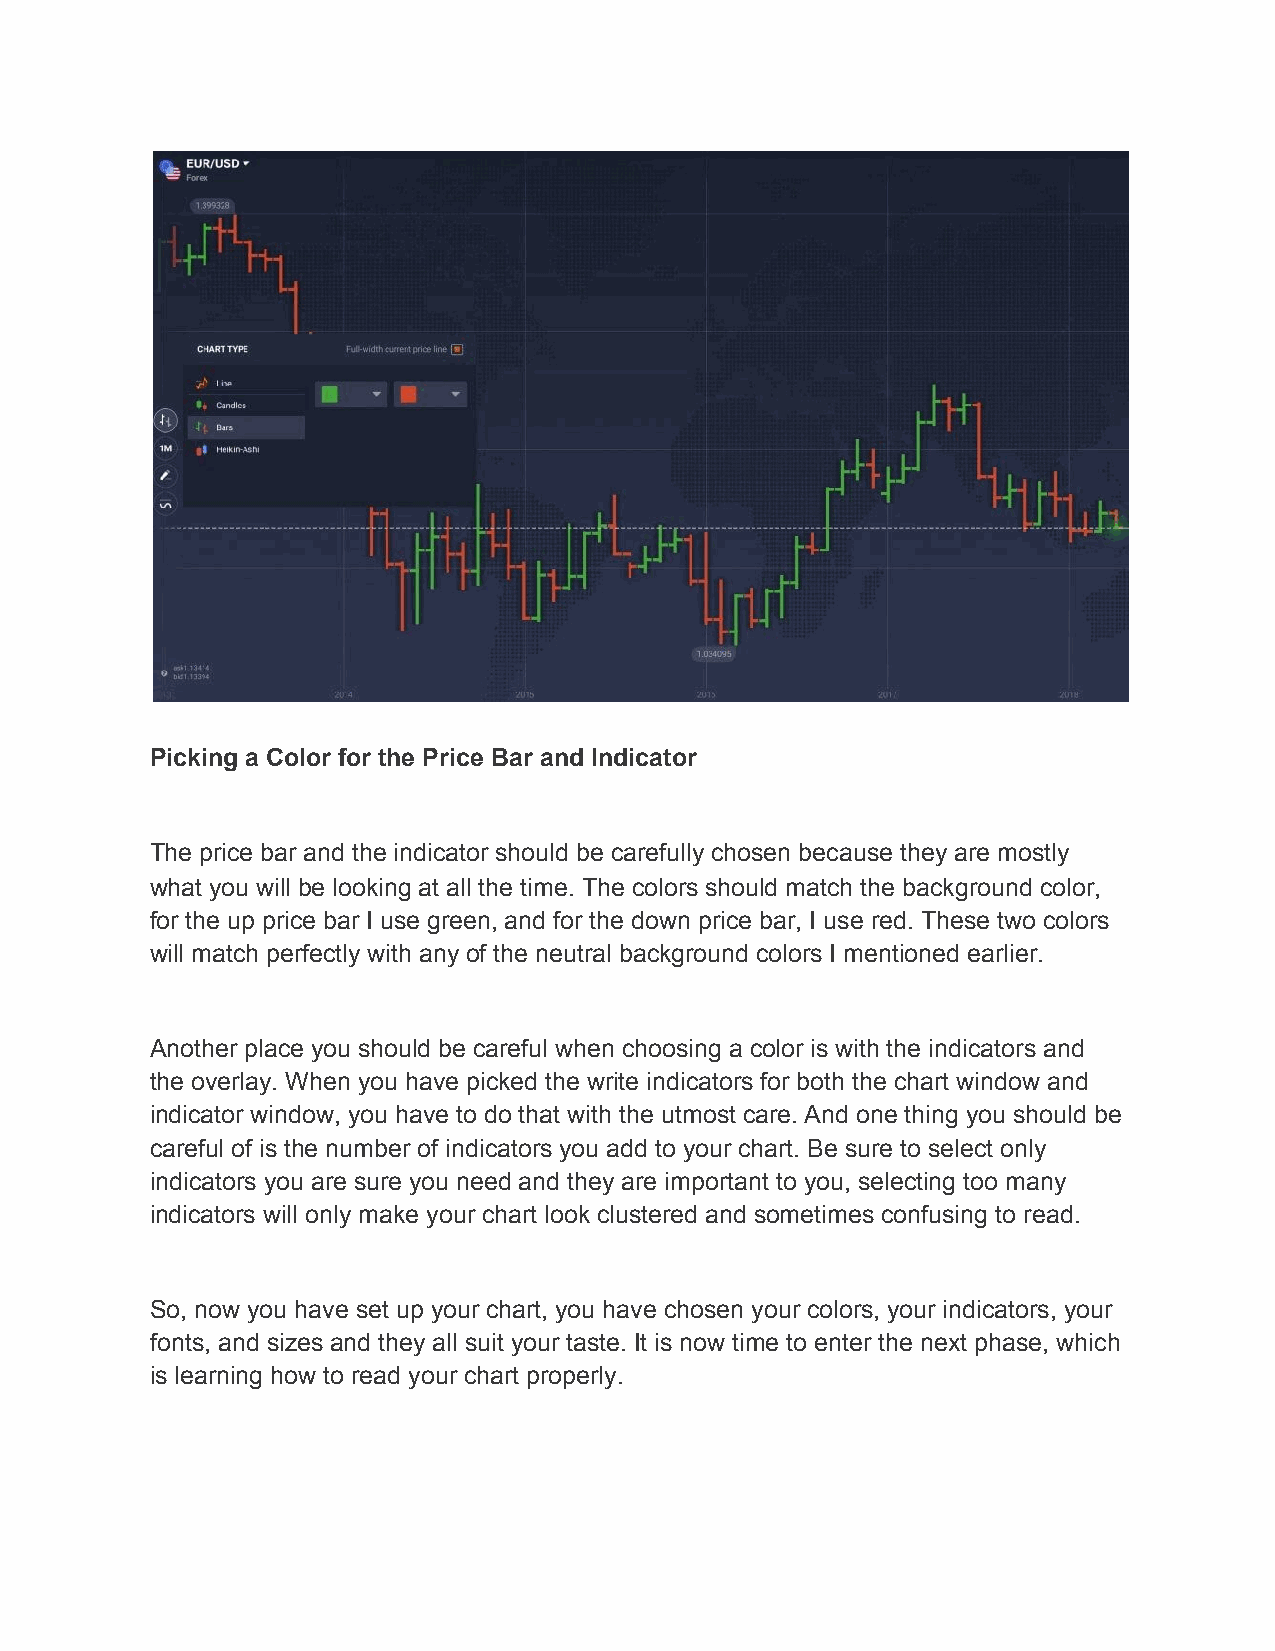
Picking a Color for the Price Bar and Indicator
 The price bar and the indicator should be carefully chosen because they are mostly
 what you will be looking at all the time. The colors should match the background color,
 for the up price bar I use green, and for the down price bar, I use red. These two colors
 will match perfectly with any of the neutral background colors I mentioned earlier.
 Another place you should be careful when choosing a color is with the indicators and
 the overlay. When you have picked the write indicators for both the chart window and
 indicator window, you have to do that with the utmost care. And one thing you should be
 careful of is the number of indicators you add to your chart. Be sure to select only
 indicators you are sure you need and they are important to you, selecting too many
 indicators will only make your chart look clustered and sometimes confusing to read.
 So, now you have set up your chart, you have chosen your colors, your indicators, your
 fonts, and sizes and they all suit your taste. It is now time to enter the next phase, which
 is learning how to read your chart properly.